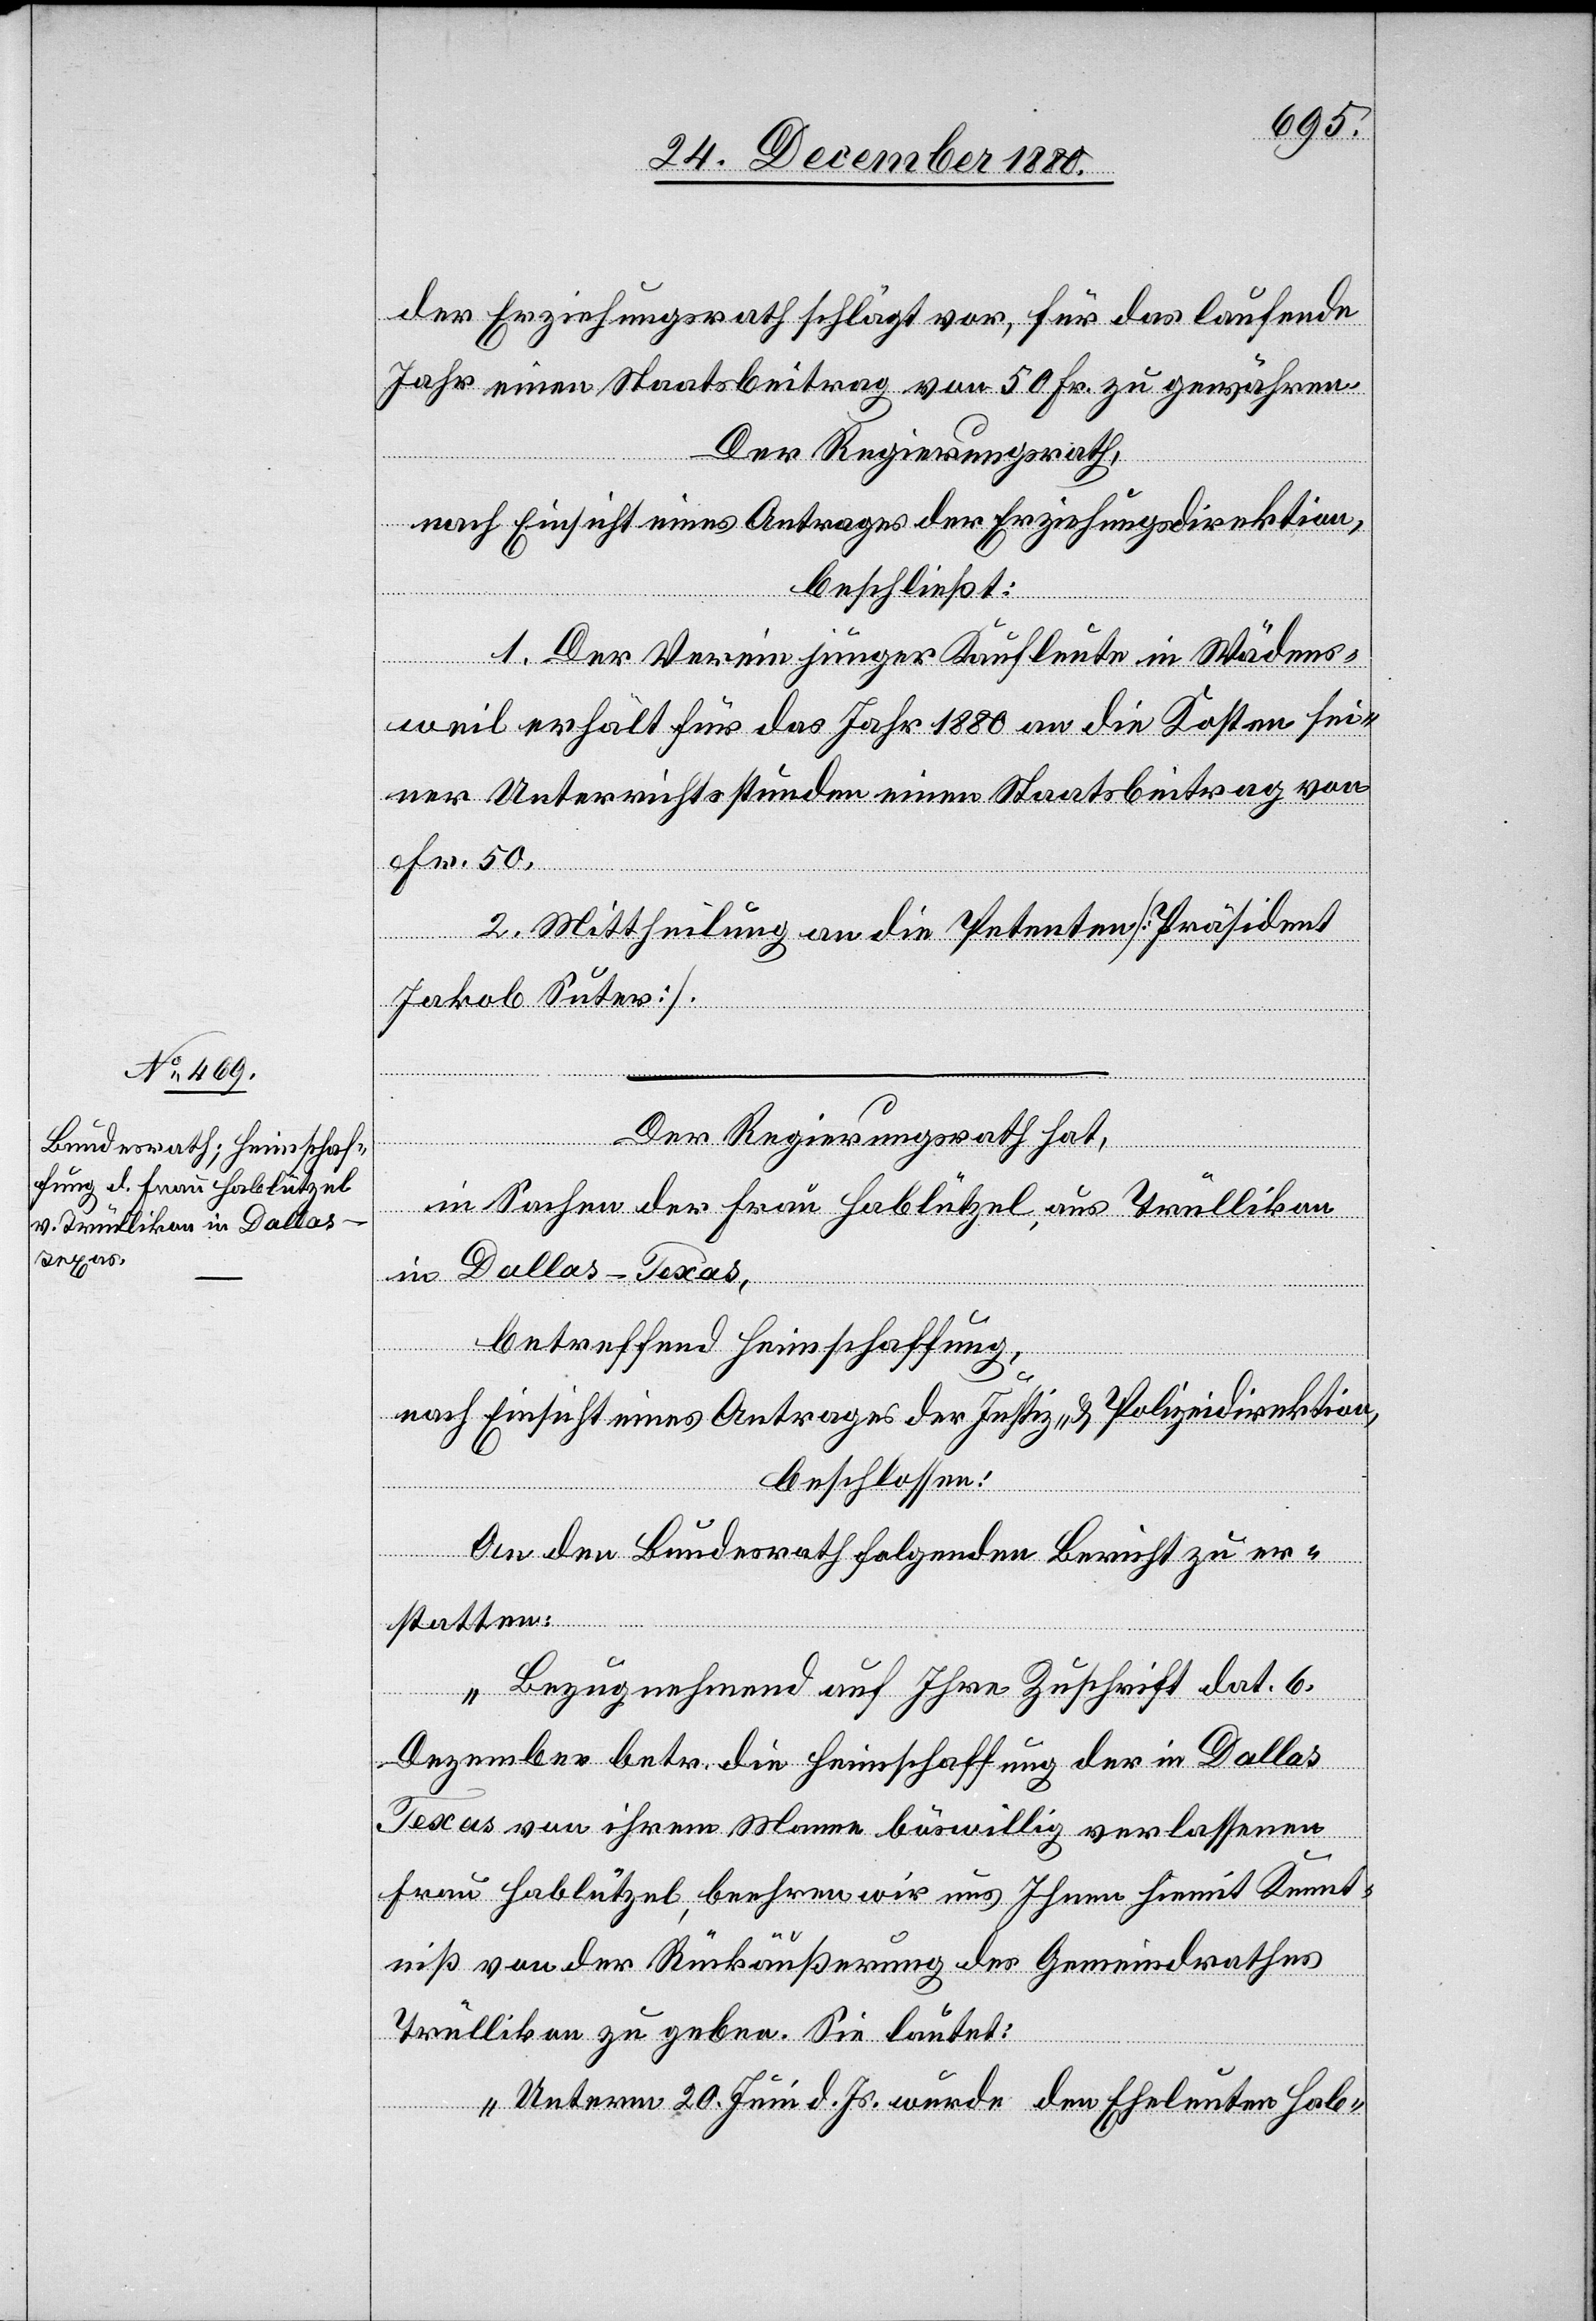
der Erziehungsrath schlägt vor, für das laufende
Jahr einen Staatsbeitrag von 50 Fr. zu gewähren.
Der Regierungsrath,
nach Einsicht eines Antrages der Erziehungsdirektion,
beschließt:
1. Der Verein junger Kaufleute in Wädens¬
weil erhält für das Jahr 1880 an die Kosten sei¬
ner Unterrichtsstunden einen Staatsbeitrag von
Fr. 50.
2. Mittheilung an die Petenten [Präsident
Jakob Suter].
Der Regierungsrath hat,
in Sachen der Frau Hablützel, aus Trüllikon
in Dallas - Texas,
betreffend Heimschaffung,
nach Einsicht eines Antrages der Justiz- & Polizeidirektion,
beschlossen:
An den Bundesrath folgenden Bericht zu er¬
statten:
„Bezugnehmend auf Ihre Zuschrift dat. 6.
Dezember betr. die Heimschaffung der in Dallas
Texas von ihrem Manne böswillig verlassene
Frau Hablützel, beehren wir uns Ihnen hiemit Kennt¬
niß von der Rückäußerung des Gemeindrathes
Trüllikon zu geben. Sie lautet:
„Unterm 20. Juni d. Js. wurde den Eheleuten Hab-